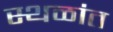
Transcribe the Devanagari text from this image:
स्थळांत